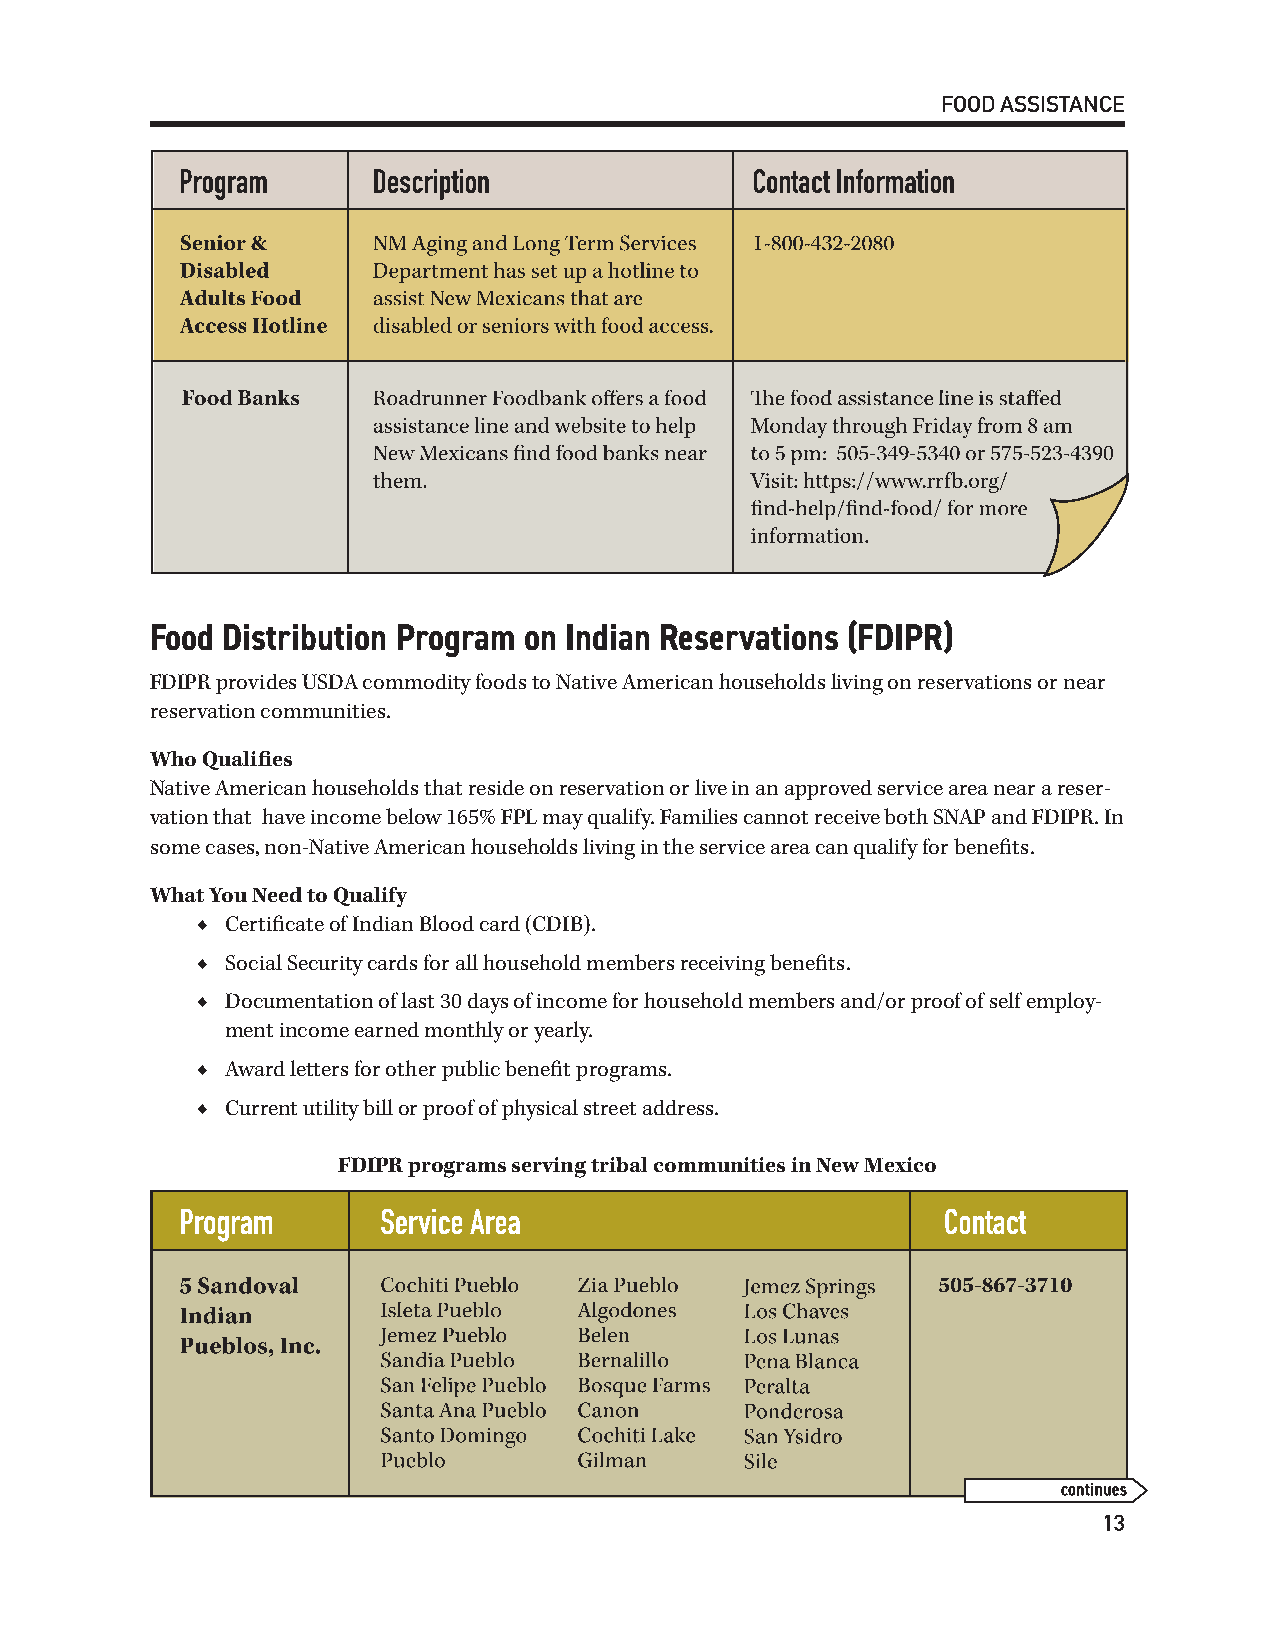
FOOD ASSISTANCE
 Food Distribution Program on Indian Reservations (FDIPR)
 FDIPR provides USDA commodity foods to Native American households living on reservations or near
 reservation communities.
 Who Qualifies
 Native American households that reside on reservation or live in an approved service area near a reser-
 vation that have income below 165% FPL may qualify. Families cannot receive both SNAP and FDIPR. In
 some cases, non-Native American households living in the service area can qualify for benefits.
 What You Need to Qualify
 ◆ Certificate of Indian Blood card (CDIB).
 ◆ Social Security cards for all household members receiving benefits.
 ◆ Documentation of last 30 days of income for household members and/or proof of self employ-
 ment income earned monthly or yearly.
 ◆ Award letters for other public benefit programs.
 ◆ Current utility bill or proof of physical street address.
 FDIPR programs serving tribal communities in New Mexico
 13